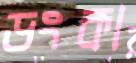
ডংকা